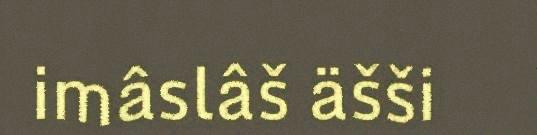
imâslâš äšši